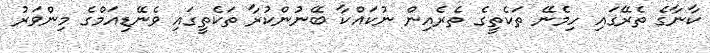
ކާނާގެ ތެރޭގައި ހިމެނޭ ތަކެތީގެ ތެރެއިން ނުކައްކާ ބޭނުންކުރާ ތަކެތީގައި ވެނޭޑިއަމްގެ މިންވަރު